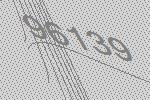
96139